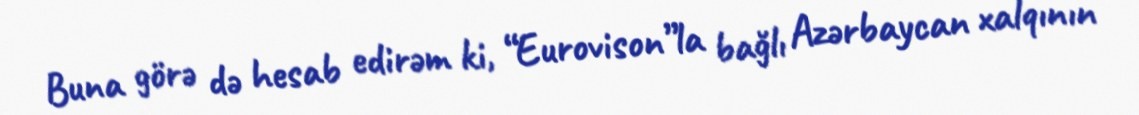
Buna görə də hesab edirəm ki, “Eurovison”la bağlı Azərbaycan xalqının